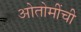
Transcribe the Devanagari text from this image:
ओतोमींची